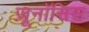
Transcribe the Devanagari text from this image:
ज़ूनॉसिस